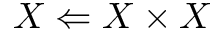
X \Leftarrow X \times X